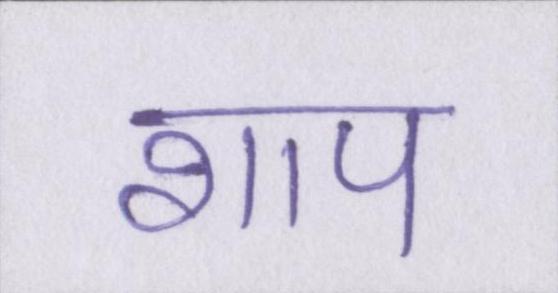
शाप